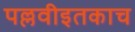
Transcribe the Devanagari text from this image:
पल्लवीइतकाच